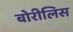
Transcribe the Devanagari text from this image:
बोरीलिस